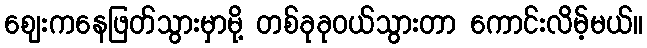
ဈေးကနေဖြတ်သွားမှာမို့ တစ်ခုခုဝယ်သွားတာ ကောင်းလိမ့်မယ်။